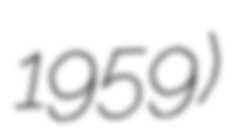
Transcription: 1959)